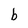
Character: b